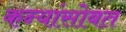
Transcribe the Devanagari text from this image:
कन्यांसोबत